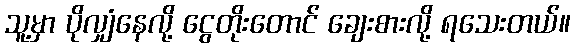
သူ့မှာ ပိုလျှံနေလို့ ငွေတိုးတောင် ချေးစားလို့ ရသေးတယ်။